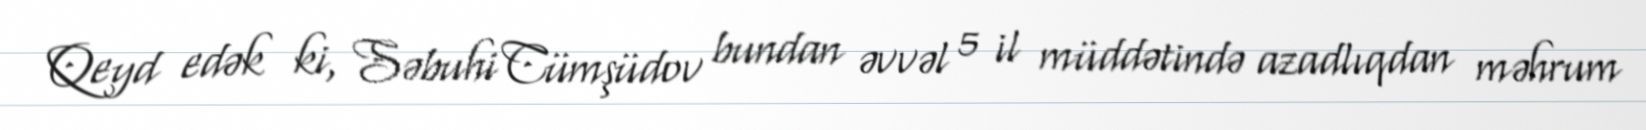
Qeyd edək ki, Səbuhi Cümşüdov bundan əvvəl 5 il müddətində azadlıqdan məhrum